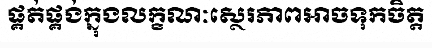
ផ្គត់ផ្គង់ក្នុងលក្ខណៈស្ថេរភាពអាចទុកចិត្ត